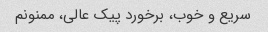
سریع و خوب، برخورد پیک عالی، ممنونم